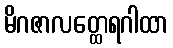
မိဂဇာလတ္ထေရဂါထာ